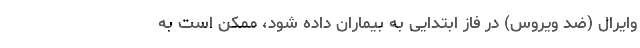
‌وایرال (ضد ویروس) در فاز ابتدایی به بیماران داده شود، ممکن است به